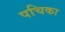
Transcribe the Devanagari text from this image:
पचिका